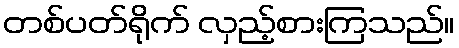
တစ်ပတ်ရိုက် လှည့်စားကြသည်။